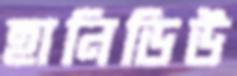
হানিডিউ